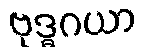
ဗုဒ္ဓဂယာ